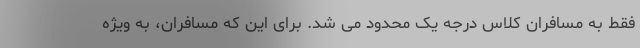
فقط به مسافران کلاس درجه یک محدود می شد. برای این که مسافران، به ویژه